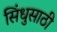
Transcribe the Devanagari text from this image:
सिंधुसाठी